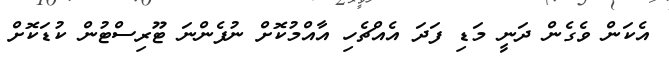
އެކަން ވެގެން ދަނީ މަޑި ފަދަ އެއްޗެހި އާއްމުކޮށް ނުފެންނަ ޓޫރިސްޓުން ކުޑަކޮށް